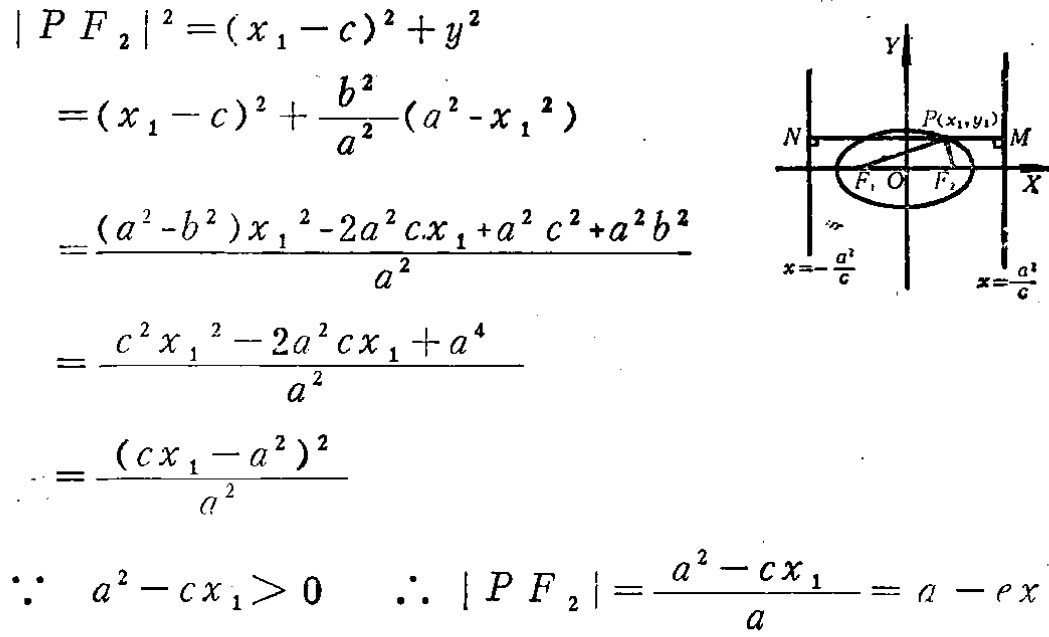
\[
\begin{align*}
|PF_{2}|^{2}&=(x_{1} - c)^{2}+y^{2}\\
&=(x_{1} - c)^{2}+\frac{b^{2}}{a^{2}}(a^{2}-x_{1}^{2})\\
&=\frac{(a^{2}-b^{2})x_{1}^{2}-2a^{2}cx_{1}+a^{2}c^{2}+a^{2}b^{2}}{a^{2}}\\
&=\frac{c^{2}x_{1}^{2}-2a^{2}cx_{1}+a^{4}}{a^{2}}\\
&=\frac{(cx_{1}-a^{2})^{2}}{a^{2}}\\
\end{align*}
\]
\(\because a^{2}-cx_{1}>0\) \(\therefore |PF_{2}|=\frac{a^{2}-cx_{1}}{a}=a - ex\)